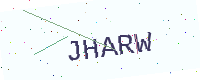
Text: JHARW